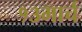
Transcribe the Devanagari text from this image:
१३मार्च